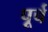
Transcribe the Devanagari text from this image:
पूर्च